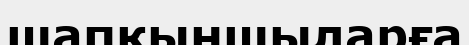
шапқыншыларға